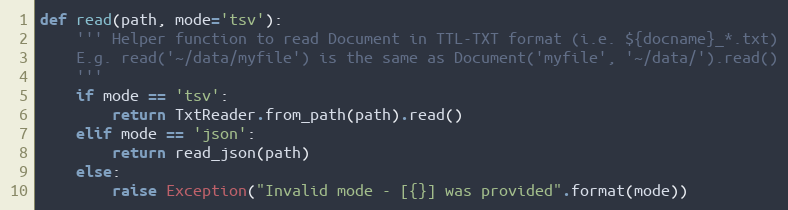
Language: Python
def read(path, mode='tsv'):
    ''' Helper function to read Document in TTL-TXT format (i.e. ${docname}_*.txt)
    E.g. read('~/data/myfile') is the same as Document('myfile', '~/data/').read()
    '''
    if mode == 'tsv':
        return TxtReader.from_path(path).read()
    elif mode == 'json':
        return read_json(path)
    else:
        raise Exception("Invalid mode - [{}] was provided".format(mode))